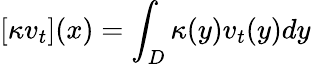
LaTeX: [\mathcal{\kappa}v_{t}](x)=\int_{D}\mathcal{\kappa}(y)v_{t}(y)dy